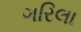
ગરિલા